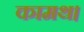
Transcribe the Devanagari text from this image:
कामथ।